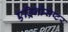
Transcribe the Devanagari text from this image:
एड्रिनोसेप्टर